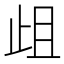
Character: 𭭞